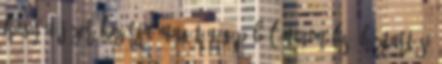
hogy a júzer kizárja magát a gépéből minimális: háztartási